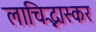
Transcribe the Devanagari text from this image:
लाचिद्भास्कर